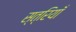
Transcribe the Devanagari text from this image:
स्त्रियॉँ